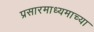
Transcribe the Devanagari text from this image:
प्रसारमाध्‍यमाच्‍या